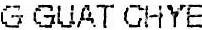
G GUAT CHYE